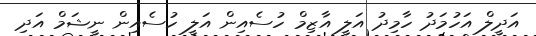
އަދީލް އަހުމަދު ހާމިދު އަލީ އާޒިމް ހުސެއިން އަލީ ހުސެއިން ނީޝަމް އަދި